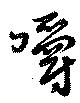
嚼